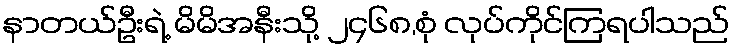
နာတယ်ဦးရဲ့ မိမိအနီးသို့ ၂၄၆၈,စုံ လုပ်ကိုင်ကြရပါသည်